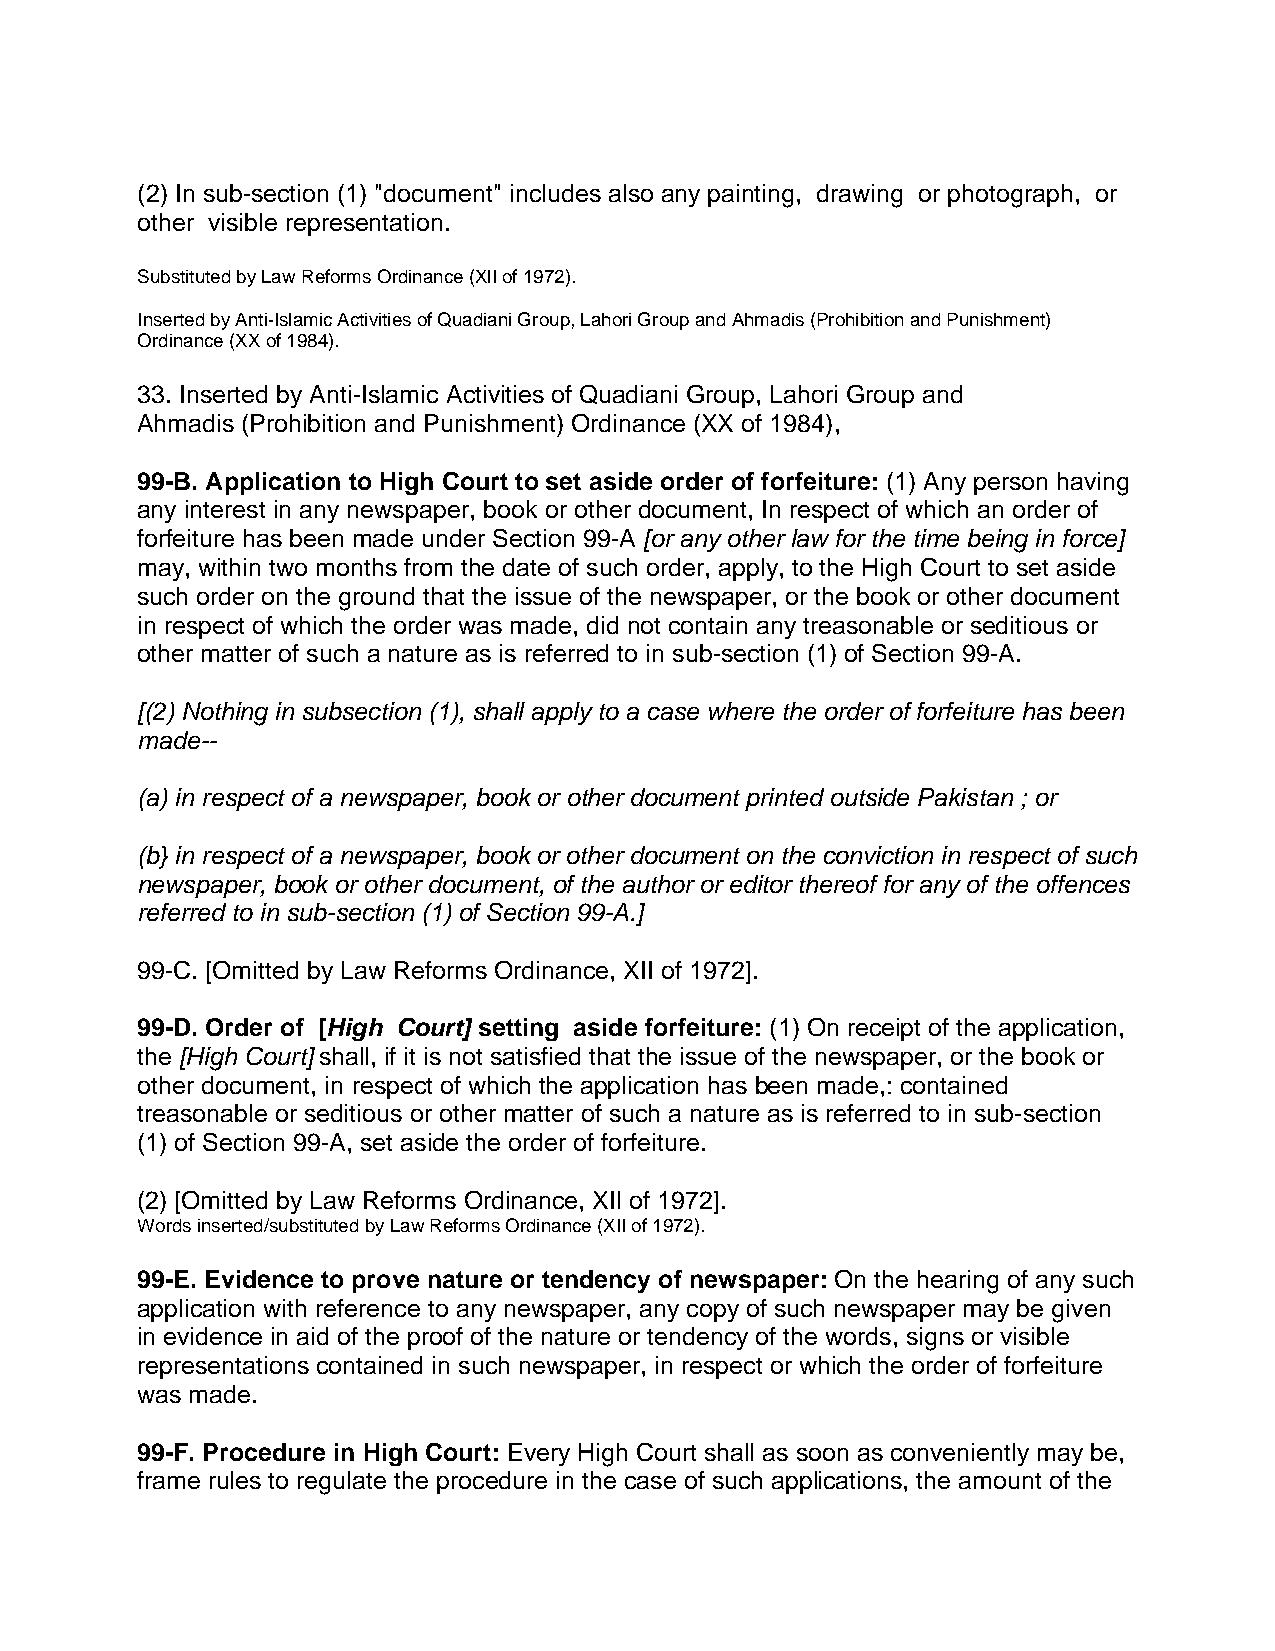
(2) In sub-section (1) "document" includes also any painting, drawing or photograph, or
 other visible representation.
 Substituted by Law Reforms Ordinance (XlI of 1972).
 Inserted by Anti-Islamic Activities of Quadiani Group, Lahori Group and Ahmadis (Prohibition and Punishment)
 Ordinance (XX of 1984).
 33. Inserted by Anti-Islamic Activities of Quadiani Group, Lahori Group and
 Ahmadis (Prohibition and Punishment) Ordinance (XX of 1984),
 99-B. Application to High Court to set aside order of forfeiture: (1) Any person having
 any interest in any newspaper, book or other document, In respect of which an order of
 forfeiture has been made under Section 99-A [or any other law for the time being in force]
 may, within two months from the date of such order, apply, to the High Court to set aside
 such order on the ground that the issue of the newspaper, or the book or other document
 in respect of which the order was made, did not contain any treasonable or seditious or
 other matter of such a nature as is referred to in sub-section (1) of Section 99-A.
 [(2) Nothing in subsection (1), shall apply to a case where the order of forfeiture has been
 made--
 (a) in respect of a newspaper, book or other document printed outside Pakistan ; or
 (b} in respect of a newspaper, book or other document on the conviction in respect of such
 newspaper, book or other document, of the author or editor thereof for any of the offences
 referred to in sub-section (1) of Section 99-A.]
 99-C. [Omitted by Law Reforms Ordinance, XII of 1972].
 99-D. Order of [High Court] setting aside forfeiture: (1) On receipt of the application,
 the [High Court] shall, if it is not satisfied that the issue of the newspaper, or the book or
 other document, in respect of which the application has been made,: contained
 treasonable or seditious or other matter of such a nature as is referred to in sub-section
 (1) of Section 99-A, set aside the order of forfeiture.
 (2) [Omitted by Law Reforms Ordinance, XIl of 1972].
 Words inserted/substituted by Law Reforms Ordinance (XII of 1972).
 99-E. Evidence to prove nature or tendency of newspaper: On the hearing of any such
 application with reference to any newspaper, any copy of such newspaper may be given
 in evidence in aid of the proof of the nature or tendency of the words, signs or visible
 representations contained in such newspaper, in respect or which the order of forfeiture
 was made.
 99-F. Procedure in High Court: Every High Court shall as soon as conveniently may be,
 frame rules to regulate the procedure in the case of such applications, the amount of the